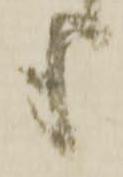
も